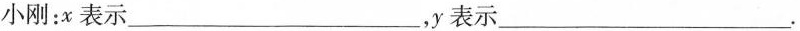
小刚：x表示___，y表示___.